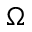
\Omega